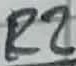
Text: R2